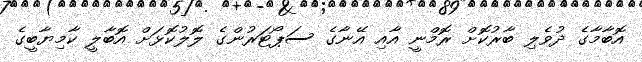
އޮބާމާގެ ދުވެލި ބާރުކޮށް ރޮމްނީ އާއި އޭނާގެ ސަޕޯޓަރުންގެ ލޮލުކޮޅަށް އޮބާލީ ކާމިޔާބީގެ